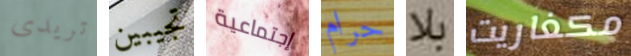
تريدى تجيبين إجتماعية حرام بلا مكغاريت